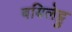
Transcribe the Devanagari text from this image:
बयिलेट्टु